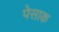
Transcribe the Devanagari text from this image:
पेसाक